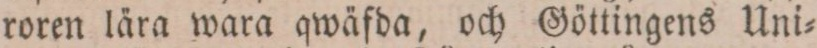
roren lära wara qwäfda, och Göttingens Uni=